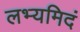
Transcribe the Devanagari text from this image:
लभ्यमिदं